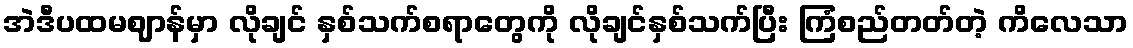
အဲဒီပထမဈာန်မှာ လိုချင် နှစ်သက်စရာတွေကို လိုချင်နှစ်သက်ပြီး ကြံစည်တတ်တဲ့ ကိလေသာ